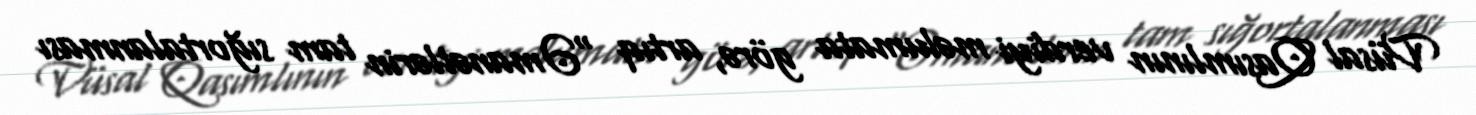
Vüsal Qasımlının verdiyi məlumata görə, artıq “Əmanətlərin tam sığortalanması